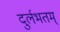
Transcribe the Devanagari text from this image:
दुर्लभतम्